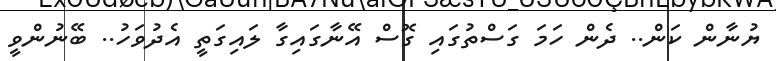
ޔުނާން ކަން.. ދެން ހަމަ ގަސްތުގައި ގޮސް އޭނާގައިގާ ލައިގަތީ އެދުވަހު.. ބޭނުންވީ